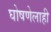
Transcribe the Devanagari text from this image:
घोषणेलाही